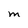
Character: M